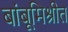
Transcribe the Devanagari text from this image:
बांबूमिश्रीत